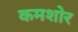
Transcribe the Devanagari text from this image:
कमशोर